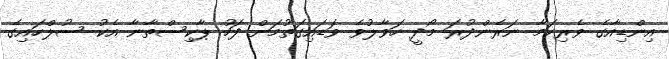
އިންޑިއާގެ ވެރިކަމާ ނަރެންދުރަ މޯދީ ހަވާލުވެ ވަޑައިގަތުމަށް ފަހު ޕާކިސްތާނާ އެކު ސުލްހައިގެ